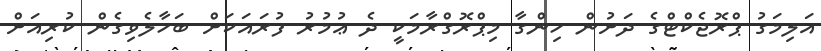
އަލިމަގު ޕްރޮޖެކްޓްގެ ދަށުން ހިންގާ މިޕްރޮގްރާމަކީ ދެ ޢުމުރު ފުރައަކަށް ބަހާލެވިގެން ކުރިއަށް